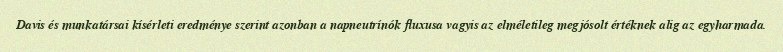
Davis és munkatársai kísérleti eredménye szerint azonban a napneutrínók fluxusa vagyis az elméletileg megjósolt értéknek alig az egyharmada.